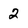
Character: 2